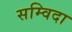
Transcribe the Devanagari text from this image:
सम्विदा